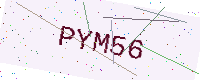
Text: PYM56